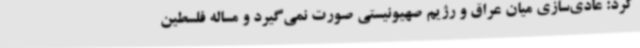
کرد: عادی‌سازی میان عراق و رژیم صهیونیستی صورت نمی‌گیرد و مساله فلسطین